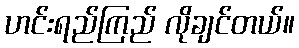
ဟင်းရည်ကြည် လိုချင်တယ်။